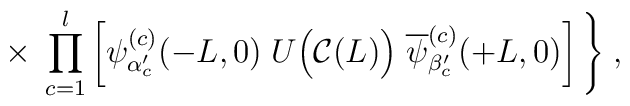
\times \; \prod_{c=1}^l \left[\psi_{\alpha^\prime_c}^{(c)}(-L,0) \; U\Big({\cal C}(L)\Big)\;\overline{\psi}_{\beta^\prime_c}^{(c)}(+L,0) \right] \Bigg\} \; ,